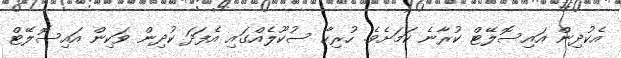
އެކުދިން އައިސޮލޭޓް ކުރާނެ ކަމަށެވެ. ހުރިހާ ސުކޫލެއްގައި އެފަދަ ކުދިން ވަކިން އައިސޮލޭޓް